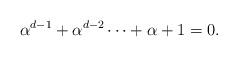
LaTeX: \begin{align*}\alpha^{d-1}+\alpha^{d-2}\cdots +\alpha+1=0.\end{align*}